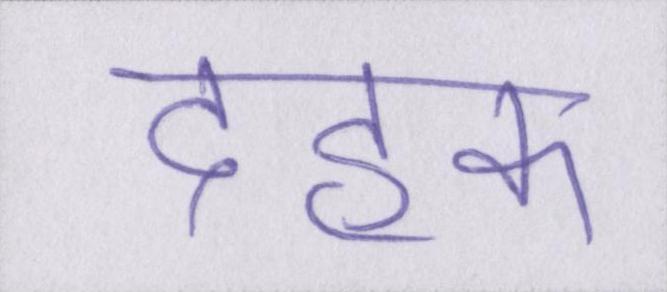
दहक